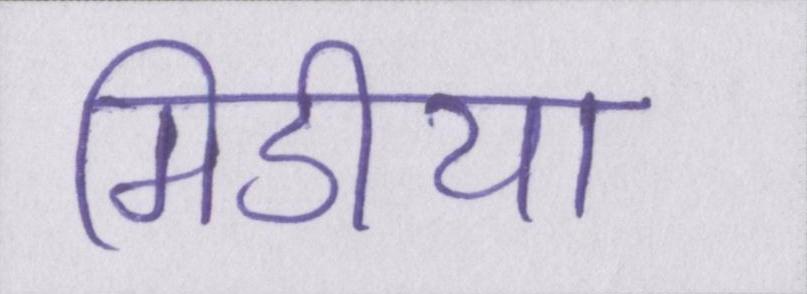
मिडीया